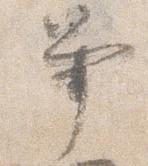
事